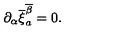
\partial _ { \alpha } \overline { { \xi } } _ { a } ^ { \overline { { \beta } } } = 0 .